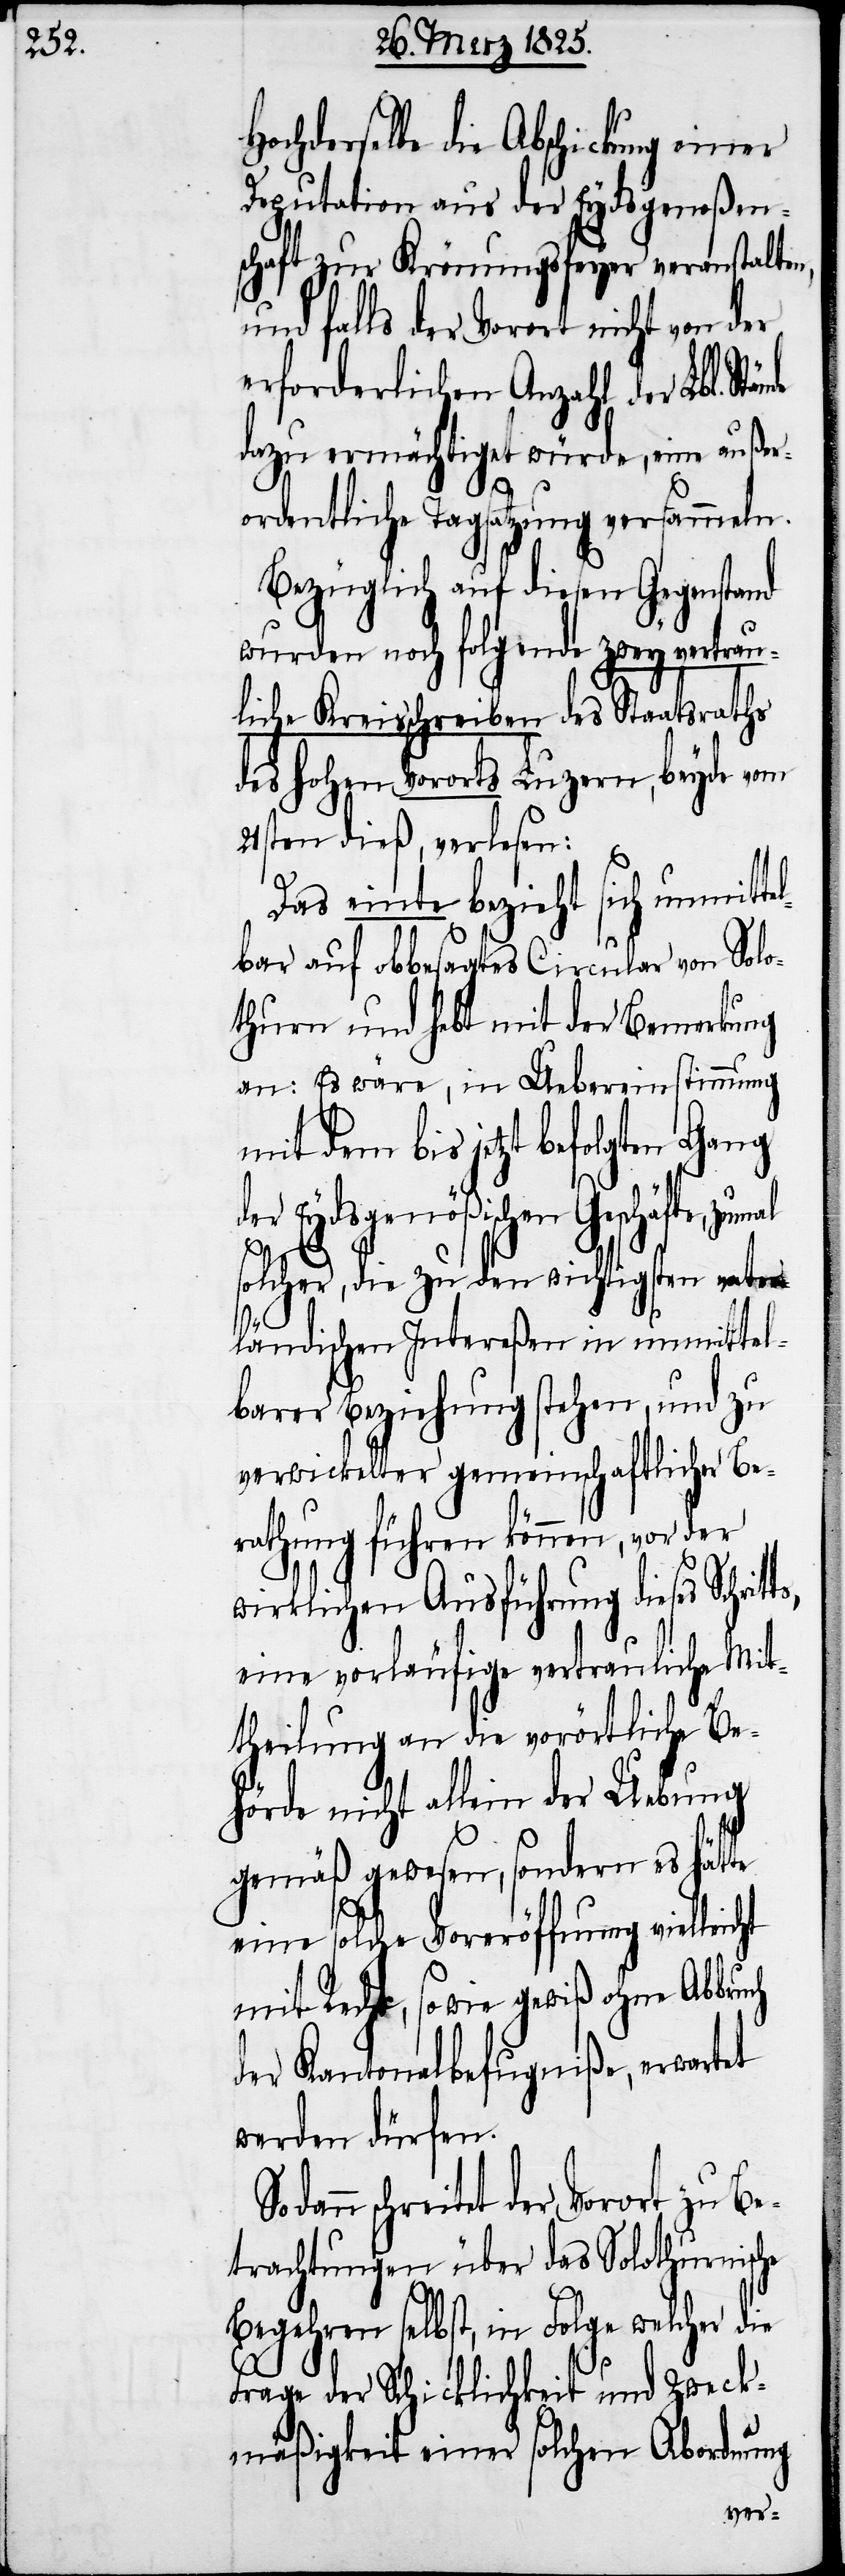
uch

Hochderselbe die Abschickung einer
Deputation aus der Eydsgenoßen¬
schaft zur Krönungsfeyer veranstalten,
und falls der Vorort nicht von der
erforderlichen Anzahl der Lbl.
dazu ermächtiget würde, eine außer¬
ordentliche Tagsatzung versammeln.
Bezüglich auf diesen Gegenstand
wurden noch folgende zwey vertrau¬
liche Kreisschreiben des Staatsraths
des hohen Vororts Luzern, beyde vom
21sten dieß, verlesen:
Das einte bezieht sich unmitte¬
lbar auf obbesagtes Circular von Solo¬
thurn und hebt mit der Bemerkung
an: Es wäre, in Uebereinstimmung
mit dem bis jetzt befolgten Gang
er Eydsgenößischen Geschäfte,
solcher, die zu den wichtigsten vater¬
ländischen Intereßen in unmittel¬
barer Beziehung stehen, und zu
verwickelter gemeinschaftlicher Be¬
rathung führen können, vor der
wirklichen Ausführung dieses Schrit¬
eine vorläufige vertrauliche Mit¬
theilung an die vorörtliche Be¬
hörde nicht allein der Uebung
gemäß gewesen, sondern es hätte
eine solche Voreröffnung vielleicht
mit Recht, sowie gewiß ohne Abbr¬
der Kantonalbefugniße, erwartet
werden dürfen.
schreitet der Vorort zu Be¬
trachtungen über das Solothurnische
Begehren selbst, in Folge welcher die
Frage der Schicklichkeit und Zweck¬
mäßigkeit einer solchen Abordnung